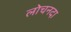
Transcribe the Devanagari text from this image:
लोचनदा